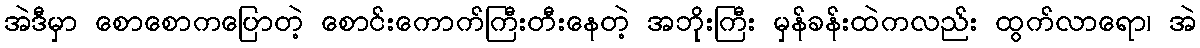
အဲဒီမှာ စောစောကပြောတဲ့ စောင်းကောက်ကြီးတီးနေတဲ့ အဘိုးကြီး မှန်ခန်းထဲကလည်း ထွက်လာရော၊ အဲ